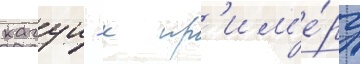
кагуи - к пр'им'е́ру